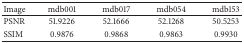
<table><thead><tr><td><b>Image</b></td><td><b>mdb001</b></td><td><b>mdb017</b></td><td><b>mdb054</b></td><td><b>mdb153</b></td></tr></thead><tbody><tr><td>PSNR</td><td>51.9226</td><td>52.1666</td><td>52.1268</td><td>50.5253</td></tr><tr><td>SSIM</td><td>0.9876</td><td>0.9868</td><td>0.9863</td><td>0.9930</td></tr></tbody></table>